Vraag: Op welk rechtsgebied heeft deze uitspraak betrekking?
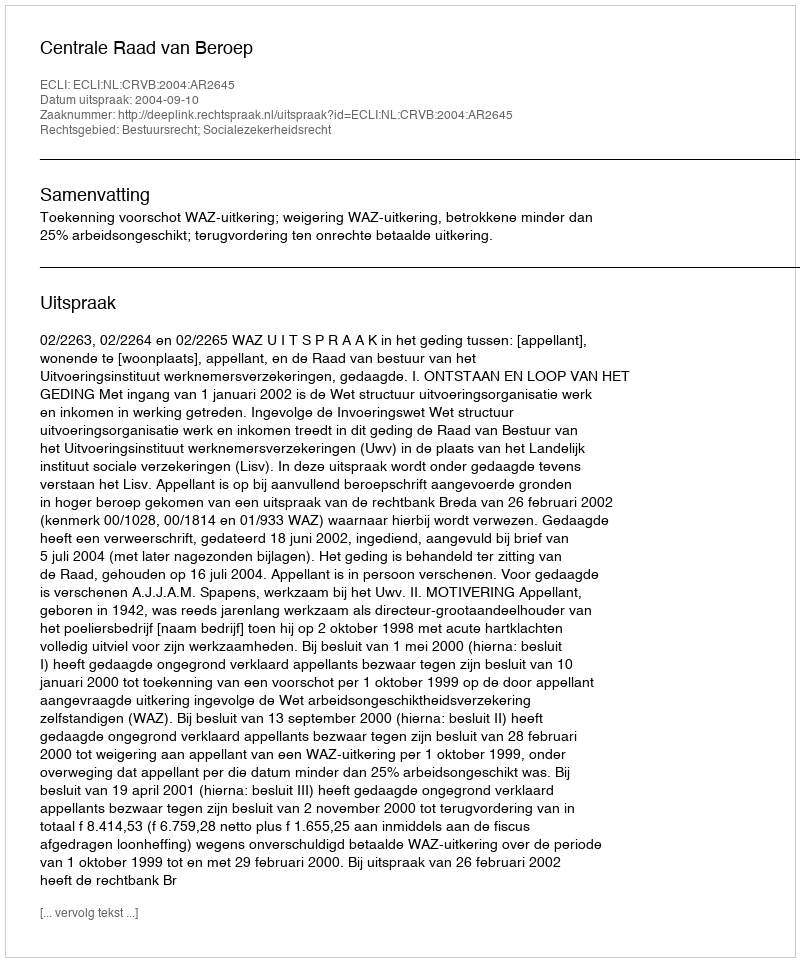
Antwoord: Bestuursrecht; Socialezekerheidsrecht